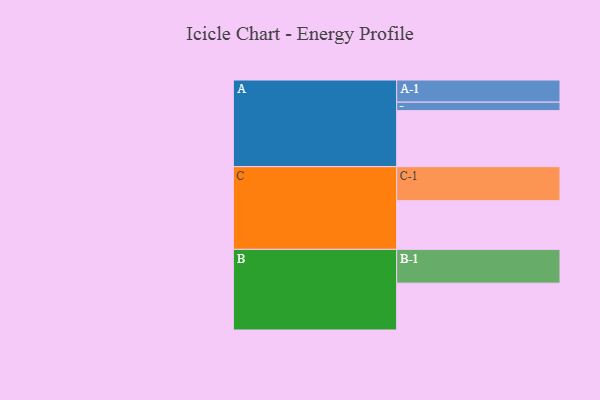
{"axis": {"x": "Segment", "y": "Value"}, "legend": ["", "A", "B", "C"], "data": [{"x": "A", "y": 463, "type": ""}, {"x": "B", "y": 387, "type": ""}, {"x": "C", "y": 402, "type": ""}, {"x": "A-1", "y": 183, "type": "A"}, {"x": "A-2", "y": 70, "type": "A"}, {"x": "B-1", "y": 279, "type": "B"}, {"x": "C-1", "y": 281, "type": "C"}]}